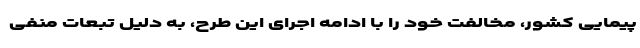
پیمایی کشور، مخالفت خود را با ادامه اجرای این طرح، به دلیل تبعات منفی